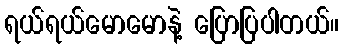
ရယ်ရယ်မောမောနဲ့ ပြောပြပါတယ်။